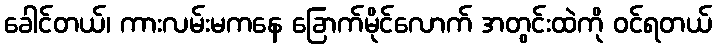
ခေါင်တယ်၊ ကားလမ်းမကနေ ခြောက်မိုင်လောက် အတွင်းထဲကို ဝင်ရတယ်